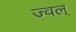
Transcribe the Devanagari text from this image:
ज्वल्